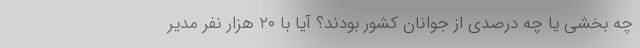
چه بخشی یا چه درصدی از جوانان کشور بودند؟ آیا با ۲۰ هزار نفر مدیر